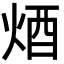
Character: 𨟽